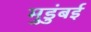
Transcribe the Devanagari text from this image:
मुडुंबई